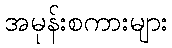
အမုန်းစကားများ